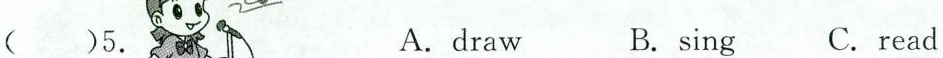
()5. A.draw B.sing C.read